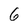
Character: 6